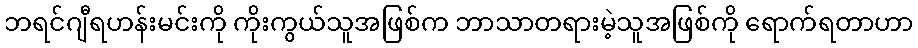
ဘရင်ဂျီရဟန်းမင်းကို ကိုးကွယ်သူအဖြစ်က ဘာသာတရားမဲ့သူအဖြစ်ကို ရောက်ရတာဟာ